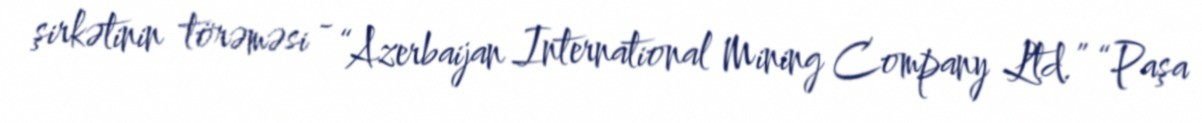
şirkətinin törəməsi - “Azerbaijan International Mining Company Ltd.” “Paşa